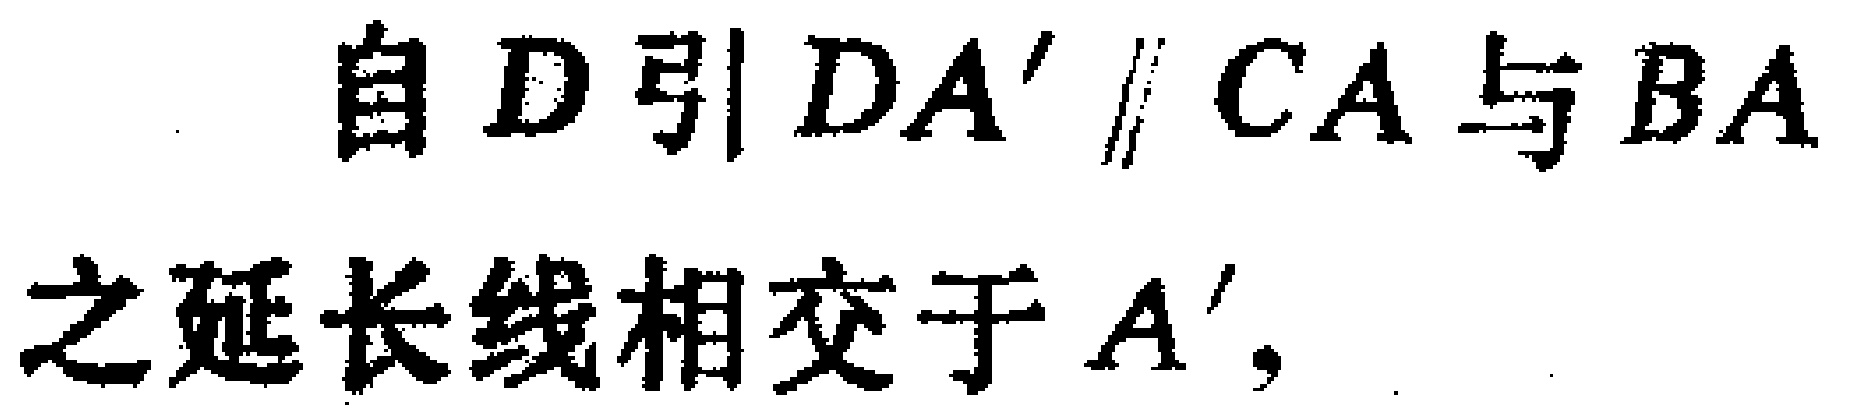
自\(D\)引\(DA'\parallel CA\)与\(BA\)之延长线相交于\(A'\)，